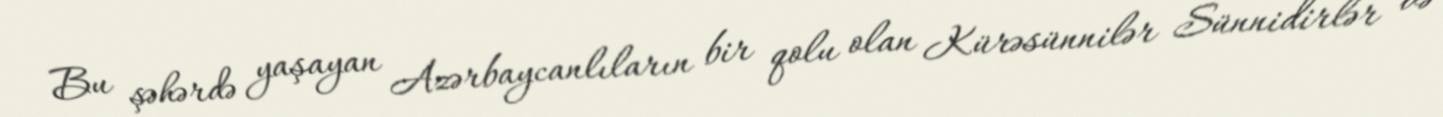
Bu şəhərdə yaşayan Azərbaycanlıların bir qolu olan Kürəsünnilər Sünnidirlər və